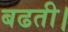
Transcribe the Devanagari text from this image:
बढती।